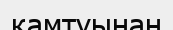
қамтуынан